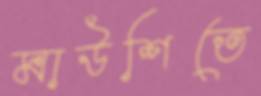
মাউশিতে